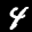
Label: 4